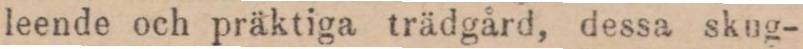
leende och präktiga trädgård, dessa skug-